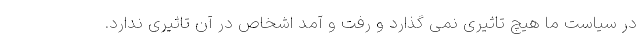
در سیاست ما هیچ تاثیری نمی گذارد و رفت و آمد اشخاص در آن تاثیری ندارد.